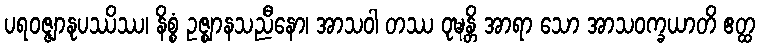
ပရဝဇ္ဇျာနုပဿိဿ၊ နိစ္စံ ဥဇ္ဈာနသညီနော၊ အာသဝါ တဿ ဝုဍ္ဎန္တိ အာရာ သော အာသဝက္ခယာတိ ဧတ္ထ